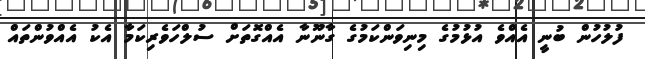
ފުލުހުން ބުނީ އެއްވެ އުޅުމުގެ މިނިވަންކަމުގެ ގާނޫނާ އެއްގޮތަށް ސުލްހަވެރިކަމާ އެކު އެއްވުންތައް